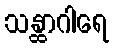
သန္ထာဂါရေ